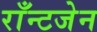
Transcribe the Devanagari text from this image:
राँन्टजेन